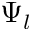
\Psi _ { l }